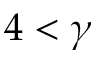
4 < \gamma